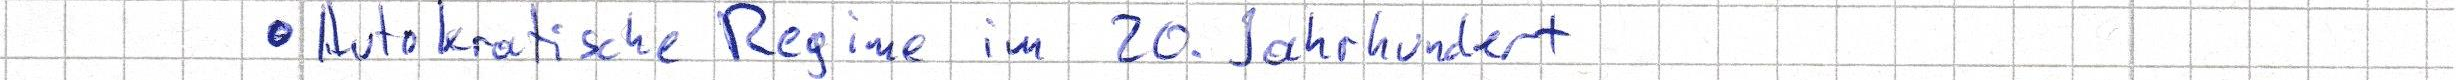
- Autokratische Regime im 20. Jahrhundert